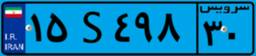
۱۵S۴۹۸۳۰